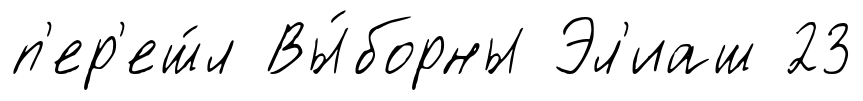
п'ер'еш́л Вы́борны Эл'иаш 23